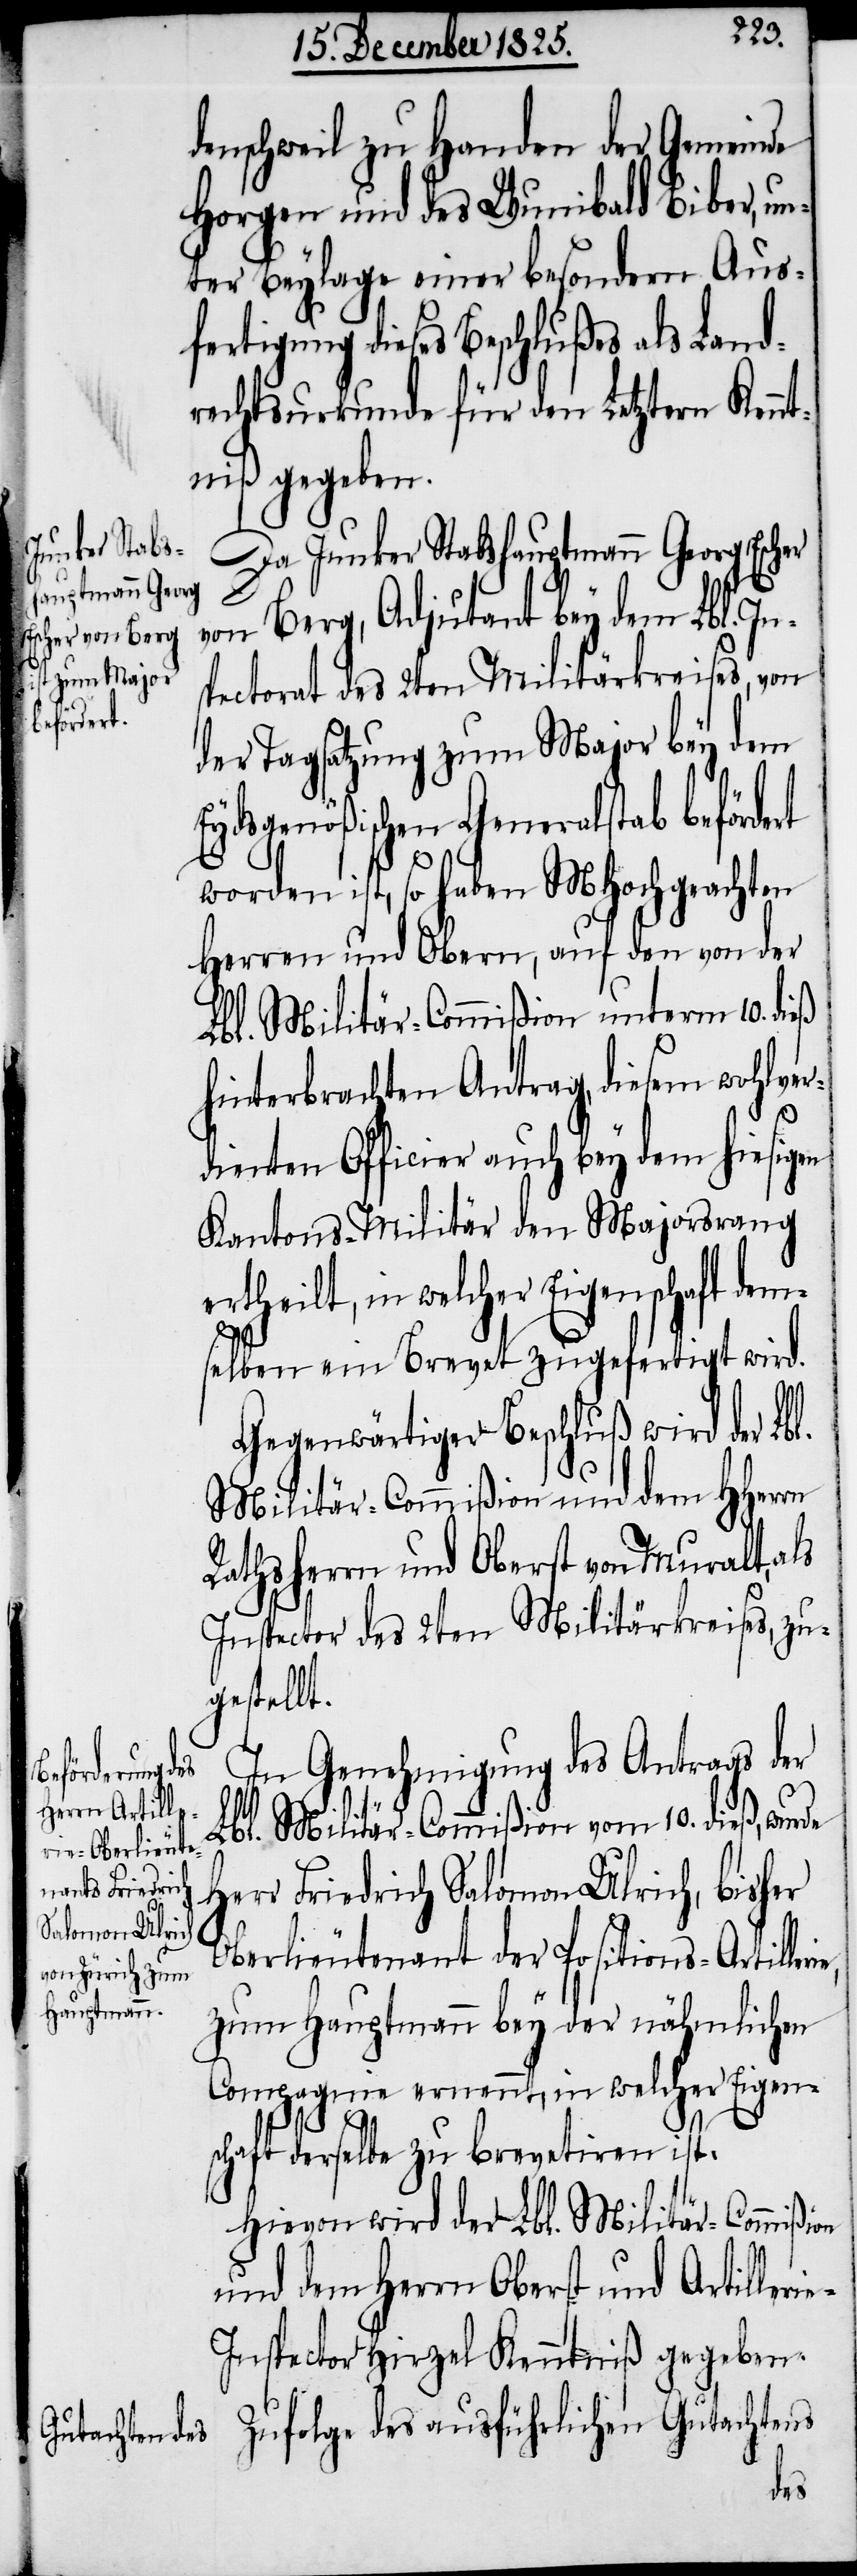
denschweil zu Handen der Gemeinde
Horgen und des Wunibald Biber, un¬
ter Beylage einer besondern Aus¬
fertigung dieses Beschlußes als Land¬
rechtsurkunde für den Letztern Kennt¬
niß gegeben.
Da Junker Stabshauptmann Georg Escher
von Berg, Adjutant bey dem Lbl. In¬
spectorat des 2ten Militärkreises, von
der Tagsatzung zum Major bey dem
Eydsgenößischen Generalstab beförde¬
worden ist, so haben MHochgeachten
Herren und Obern, auf den von der
Lbl. Militär-Commißion unterm 10. dieß
hinterbrachten Antrag, diesem wohlver¬
dienten Officier auch bey dem hiesigen
Kantons-Militär den Majorsrang
ertheilt, in welcher Eigenschaft dems¬
elben ein Brevet zugefertigt wird.
Gegenwärtiger Beschluß wird der Lbl.
Militär-Commißion und dem HHerrn
Rathsherrn und Oberst von Muralt, als
Inspector des 2ten Militärkreises, zu¬
gestellt.
In Genehmigung des Antrags der
rt
Lbl. Militär-Commißion vom 10. dieß, wurde
Herr Friedrich Salomon Ulrich, bisher
Oberlieutenant der Positions-Artille¬
zum Hauptmann bey der nähmlichen
Compagnie ernennt, in welcher Eigen¬
schaft derselbe zu brevetiren ist.
Hievon wird der Lbl. Militär-Commißion
und dem Herrn Oberst und Artilleri¬
e-Inspector Hirzel Kenntniß gegeben.
Zufolge des ausführlichen Gutachtens
rie,